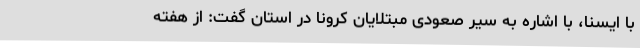
با ایسنا، با اشاره به سیر صعودی مبتلایان کرونا در استان گفت: از هفته